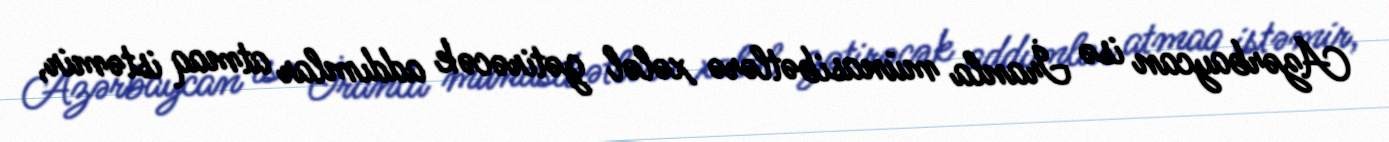
Azərbaycan isə İranla münasibətlərə xələl gətirəcək addımlar atmaq istəmir,